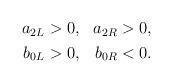
LaTeX: \begin{align*}\begin{aligned}a_{2L} &> 0, &a_{2R} &> 0, \\b_{0L} &> 0, &b_{0R} &< 0.\end{aligned}\end{align*}